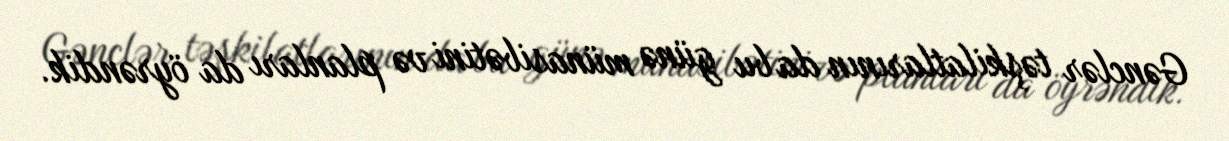
Gənclər təşkilatlarının da bu günə münasibətini və planları da öyrəndik.